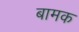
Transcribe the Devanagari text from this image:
बामक